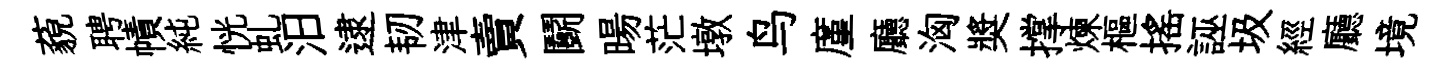
藐聘幘純恍虬汨逮韧津賣鬬暘茫墩鸟廑廳洶奬撑煉樞揺誣圾經廳境